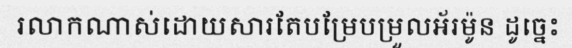
រលាកណាស់ដោយសារតែបម្រែបម្រួលអ័រម៉ូន ដូច្នេះ